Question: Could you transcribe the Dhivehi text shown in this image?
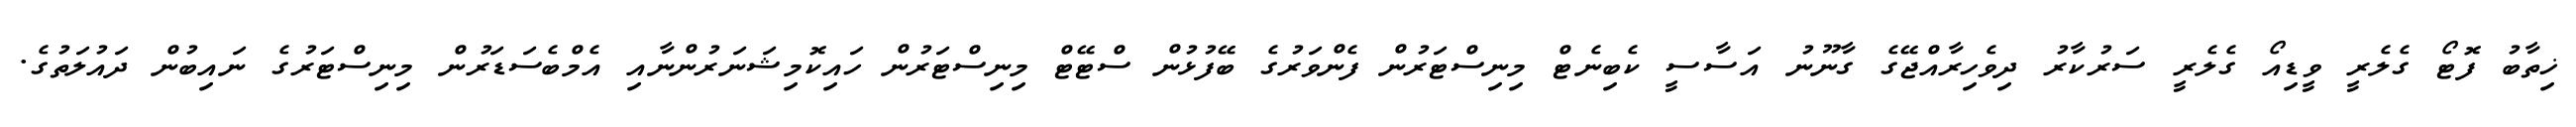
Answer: ޚިތާބު ފޮޓޯ ގެލެރީ ވީޑިއޯ ގެލެރީ ސަރުކާރު ދިވެހިރާއްޖޭގެ ގާނޫނު އަސާސީ ކެބިނެޓް މިނިސްޓަރުން ފެންވަރުގެ ބޭފުޅުން ސްޓޭޓް މިނިސްޓަރުން ހައިކޮމިޝަނަރުންނާއި އެމްބެސަޑަރުން މިނިސްޓަރުގެ ނައިބުން ދައުލަތުގެ.